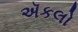
ઍકલો